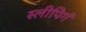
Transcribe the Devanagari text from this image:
स्लीपिगं